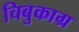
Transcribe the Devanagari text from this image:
चिबुकाग्र